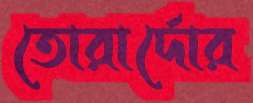
তোরার্দোর